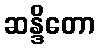
ဆန္ဒိတော